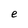
Character: e